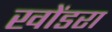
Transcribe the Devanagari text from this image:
खोंडरा